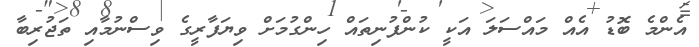
އެންމެ ބޮޑު އެއް މައްސަލަ އަކީ ކުންފުނިތައް ހިންގުމަށް ވިޔަފާރީގެ ވިސްނުމާއި ތަޖުރިބާ